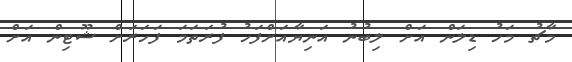
މާޗު މަހު ޑިލަން އަށް ލިބުނު އަނިޔާއަށްފަހު ފުރަތަމަ ފަހަރަށް ޝޫޓިން އަށް